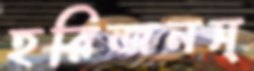
হরিজনস্